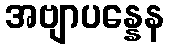
အဗျာပန္နေန